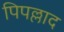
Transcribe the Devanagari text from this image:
पिपल्लाद